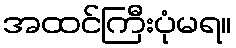
အထင်ကြီးပုံမရ။